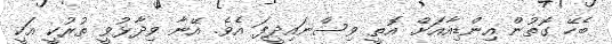
ބެހޭ ގޮތުން އިންޑިއާއަށް އޮތީ ވިސްނައިދީފަ އެވެ. އޭނާ ވިދާޅުވީ ތުރުކީ އަކީ